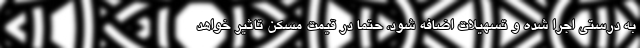
به درستی اجرا شده و تسهیلات اضافه شود، حتما در قیمت مسکن تاثیر خواهد